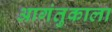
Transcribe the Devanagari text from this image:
आगंतुकाला